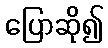
ပြောဆို၍